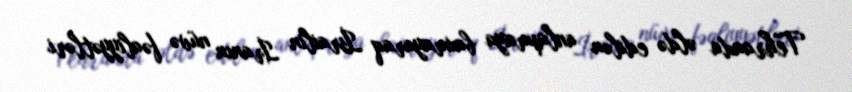
Tehranda əldə edilən anlaşmaya baxmayaraq İsrailin İranın nüvə fəaliyyətləri